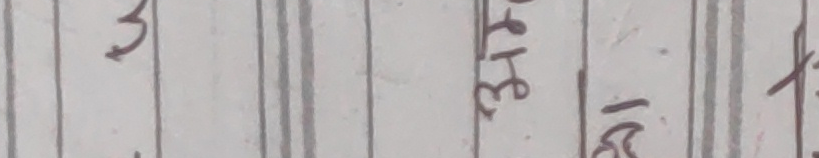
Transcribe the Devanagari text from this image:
३१५ ।